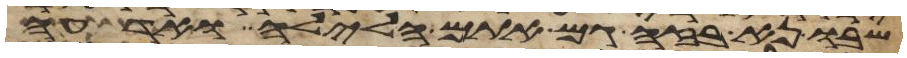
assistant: שבו נא בזה גם אתם הלילה ואדעה